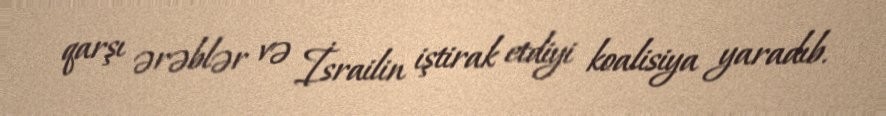
qarşı ərəblər və İsrailin iştirak etdiyi koalisiya yaradıb.